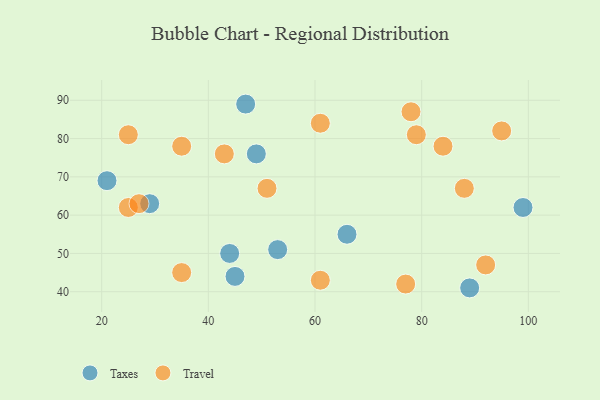
{"axis": {"x": "GDP", "y": "Life Expectancy"}, "legend": ["Taxes", "Travel"], "data": [{"x": "47", "y": 89, "type": "Taxes"}, {"x": "29", "y": 63, "type": "Taxes"}, {"x": "89", "y": 41, "type": "Taxes"}, {"x": "53", "y": 51, "type": "Taxes"}, {"x": "66", "y": 55, "type": "Taxes"}, {"x": "44", "y": 50, "type": "Taxes"}, {"x": "99", "y": 62, "type": "Taxes"}, {"x": "49", "y": 76, "type": "Taxes"}, {"x": "45", "y": 44, "type": "Taxes"}, {"x": "21", "y": 69, "type": "Taxes"}, {"x": "79", "y": 81, "type": "Travel"}, {"x": "61", "y": 84, "type": "Travel"}, {"x": "88", "y": 67, "type": "Travel"}, {"x": "92", "y": 47, "type": "Travel"}, {"x": "61", "y": 43, "type": "Travel"}, {"x": "25", "y": 62, "type": "Travel"}, {"x": "84", "y": 78, "type": "Travel"}, {"x": "35", "y": 78, "type": "Travel"}, {"x": "78", "y": 87, "type": "Travel"}, {"x": "25", "y": 81, "type": "Travel"}, {"x": "43", "y": 76, "type": "Travel"}, {"x": "95", "y": 82, "type": "Travel"}, {"x": "77", "y": 42, "type": "Travel"}, {"x": "35", "y": 45, "type": "Travel"}, {"x": "27", "y": 63, "type": "Travel"}, {"x": "51", "y": 67, "type": "Travel"}]}